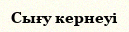
Сығу кернеуі